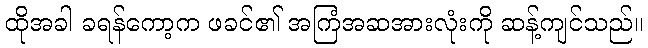
ထိုအခါ ခရန်ကော့က ဖခင်၏ အကြံအဆအားလုံးကို ဆန့်ကျင်သည်။